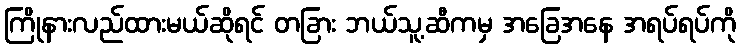
ကြိုနားလည်ထားမယ်ဆိုရင် တခြား ဘယ်သူ့ဆီကမှ အခြေအနေ အရပ်ရပ်ကို